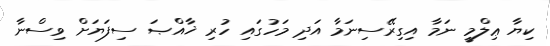
ކިޔާ ޢިލްމީ ނަމާ އިގިރޭސިނަމާ އަދި މަހުގައި ހުރި ޚާއްޞަ ސިފަޔަށް ވިސްނާ